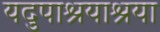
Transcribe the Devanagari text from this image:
यदुपाश्रयाश्रया